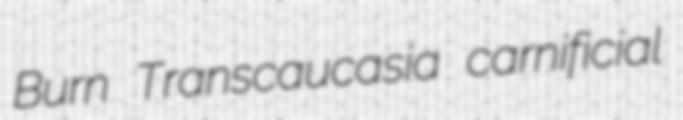
Burn Transcaucasia carnificial